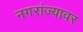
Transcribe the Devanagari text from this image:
नगरांज्यावर